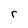
Character: r